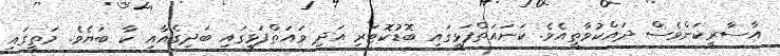
އާސާރީކަންވެސް ދައްކުވާތީއެވެ. ކަނައަތްފަޅީގައި ބޮޑުކޮޓަރި އަދި ވައަތްފަޅީގައި ބަދިގެއާއި ކާ ބަޔެވެ. މަތީގައި